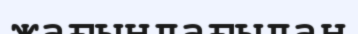
жағындағыдан